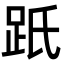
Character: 䟗